General report no. 6 on the lunatic asylums, vaccination and dispensaries in the Bengal Presidency, 1873 -
Year: 1873
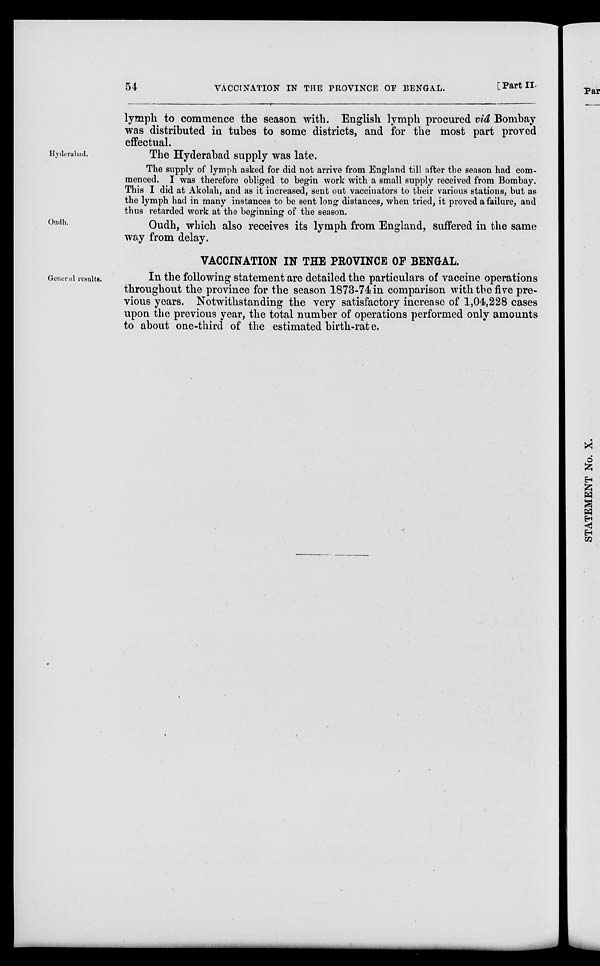
54
VACCINATION IN THE PROVINCE OF BENGAL.
[Part II.
lymph to commence the season with. English lymph procured viâ Bombay
was distributed in tubes to some districts, and for the most part proved
effectual.
Hyderabad.
The Hyderabad supply was late.
The supply of lymph asked for did not arrive from England till after the season had com-
menced. I was therefore obliged to begin work with a small supply received from Bombay.
This I did at Akolah, and as it increased, sent out vaccinators to their various stations, but as
the lymph had in many instances to be sent long distances, when tried, it proved a failure, and
thus retarded work at the beginning of the season.
Oudh.
Oudh, which also receives its lymph from England, suffered in the same
way from delay.
VACCINATION IN THE PROVINCE OF BENGAL.
General results.
In the following statement are detailed the particulars of vaccine operations
throughout the province for the season 1873-74 in comparison with the five pre-
vious years. Notwithstanding the very satisfactory increase of 1,04,228 cases
upon the previous year, the total number of operations performed only amounts
to about one-third of the estimated birth-rate.